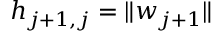
h _ { j + 1 , j } = \| w _ { j + 1 } \|